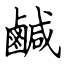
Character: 鹹